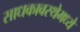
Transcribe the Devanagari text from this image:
साधकावस्थेमध्ये